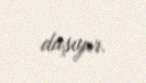
daşıyır.